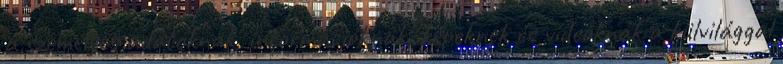
a személyes adatoknak, információknak, képeknek és videóknak a külvilággal